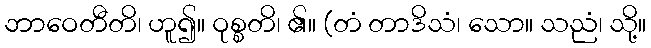
ဘာဝေတီတိ၊ ဟူ၍။ ဝုစ္စတိ၊ ၏။ (တံ တာဒိသံ၊ သော။ သညံ၊ သို့။